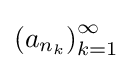
\left(a_{n_{k}}\right)_{k=1}^{\infty }